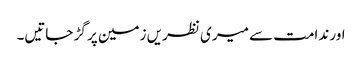
اور ندامت سے میری نظریں زمین پر گڑ جاتیں۔